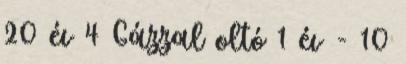
20 év 4 Gázzal oltó 1 év - 10